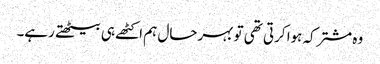
وہ مشترکہ ہوا کرتی تھی تو بہرحال ہم اکٹھے ہی بیٹھتے رہے۔